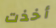
أخذت